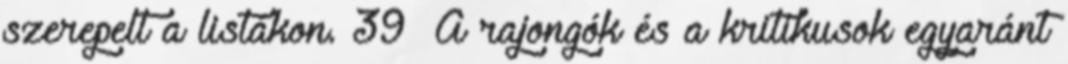
szerepelt a listákon. 39 A rajongók és a kritikusok egyaránt